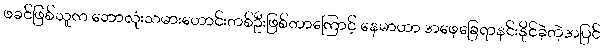
ဖခင်ဖြစ်သူက ဘောလုံးသမားဟောင်းတစ်ဦးဖြစ်တာကြောင့် နေမာဟာ အဖေ့ခြေရာနင်းနိုင်ခဲ့တဲ့အပြင်